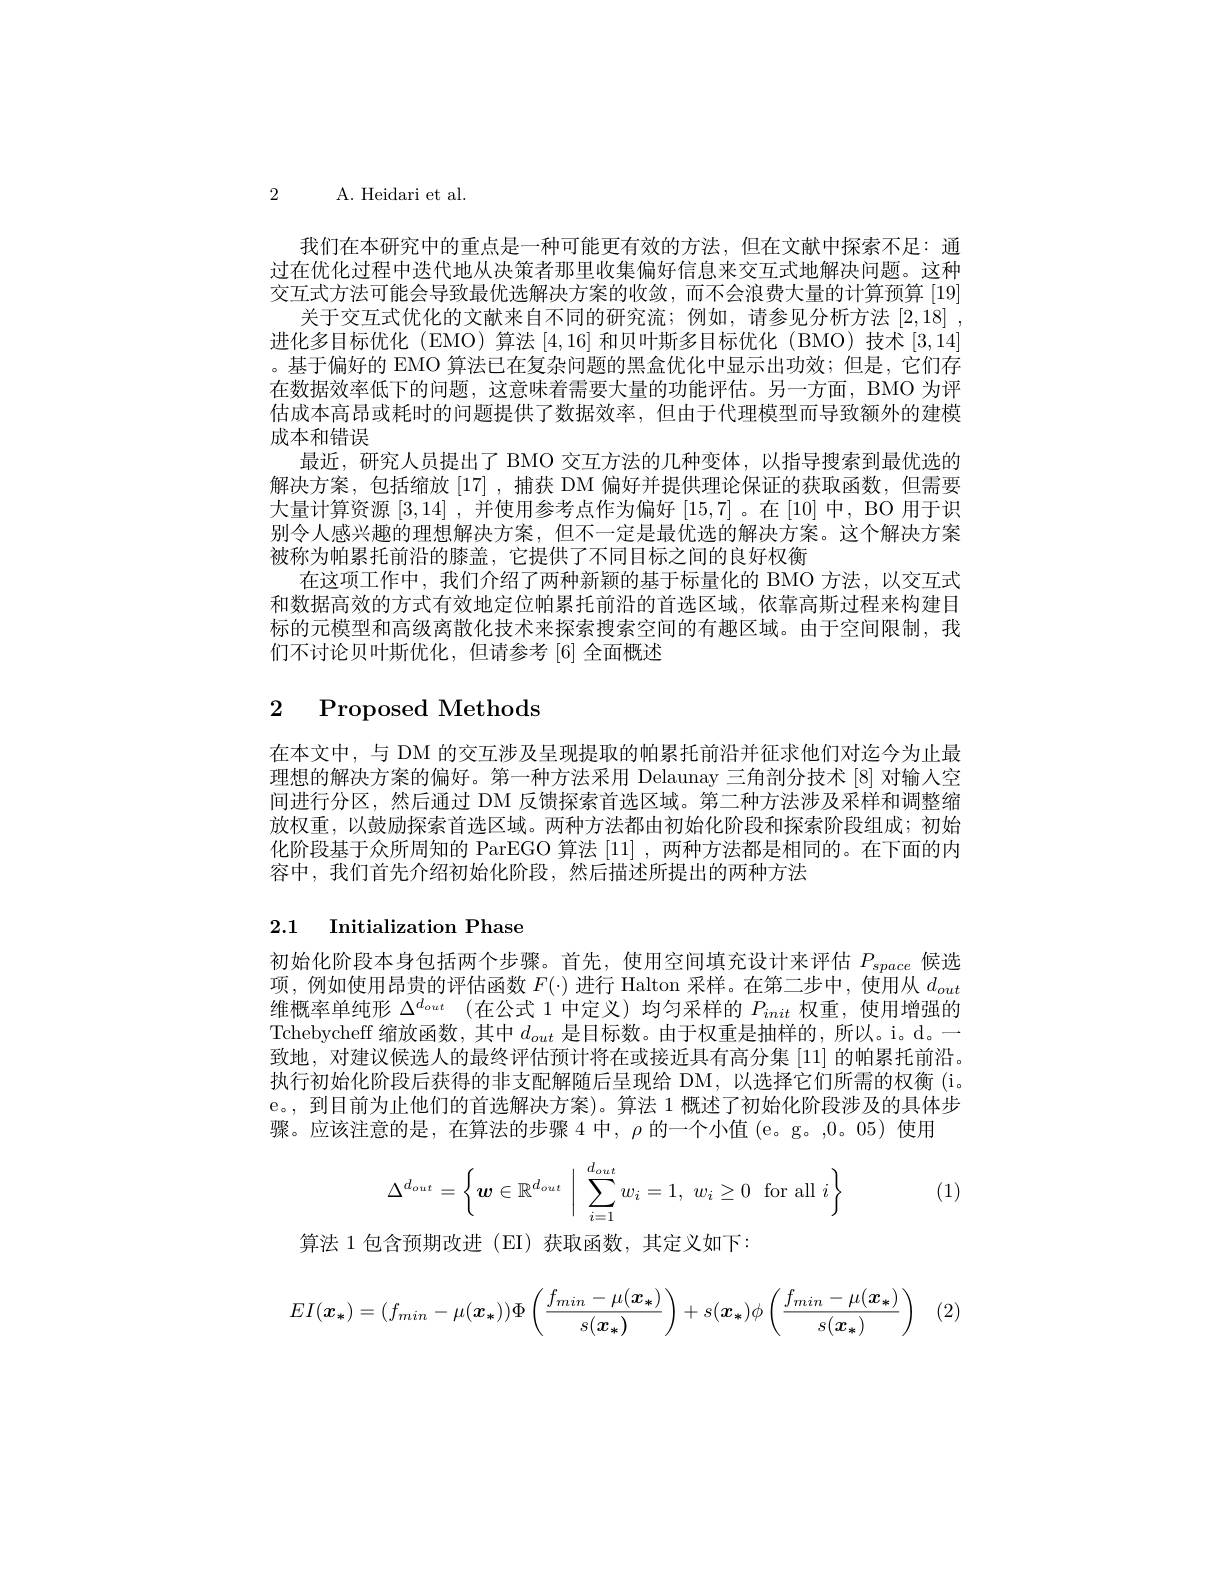
2 A. Heidari et al.

我们在本研究中的重点是一种可能更有效的方法，但在文献中探索不足：通过在优化过程中迭代地从决策者那里收集偏好信息来交互式地解决问题。这种交互式方法可能会导致最优选解决方案的收敛，而不会浪费大量的计算预算 [19]
关于交互式优化的文献来自不同的研究流；例如，请参见分析方法[2,18] , 进化多目标优化(EMO)算法[4,16]和贝叶斯多目标优化(BMO)技术[3,14] 。基于偏好的 EMO 算法已在复杂问题的黑盒优化中显示出功效；但是，它们存在数据效率低下的问题，这意味着需要大量的功能评估。另一方面，BMO 为评估成本高昂或耗时的问题提供了数据效率，但由于代理模型而导致额外的建模成本和错误
最近，研究人员提出了 BMO 交互方法的几种变体，以指导搜索到最优选的解决方案，包括缩放[17],捕获 DM 偏好并提供理论保证的获取函数，但需要大量计算资源[3,14] ,并使用参考点作为偏好[15,7] 。在 [10] 中，BO 用于识别令人感兴趣的理想解决方案，但不一定是最优选的解决方案。这个解决方案被称为帕累托前沿的膝盖，它提供了不同目标之间的良好权衡
在这项工作中，我们介绍了两种新颖的基于标量化的 BMO 方法，以交互式和数据高效的方式有效地定位帕累托前沿的首选区域，依靠高斯过程来构建目标的元模型和高级离散化技术来探索搜索空间的有趣区域。由于空间限制，我们不讨论贝叶斯优化，但请参考[6]全面概述

# 2 Proposed Methods

在本文中，与 DM 的交互涉及呈现提取的帕累托前沿并征求他们对迄今为止最理想的解决方案的偏好。第一种方法采用 Delaunay 三角剖分技术 [8] 对输人空间进行分区，然后通过 DM 反馈探索首选区域。第二种方法涉及采样和调整缩放权重，以鼓励探索首选区域。两种方法都由初始化阶段和探索阶段组成；初始化阶段基于众所周知的 ParEGO 算法[11] ,两种方法都是相同的。在下面的内容中，我们首先介绍初始化阶段，然后描述所提出的两种方法

# 2.1 Initialization Phase

初始化阶段本身包括两个步骤。首先，使用空间填充设计来评估$P_{space}$候选项，例如使用昂贵的评估函数$F(\cdot)$进行 Halton 采样。在第二步中，使用从$d_out$

维概率单纯形$\Delta^{d_{out}}$ (在公式 1 中定义) 均匀采样的$P_init$权重，使用增强的Tchebycheff 缩放函数，其中$d_{out}$是目标数。由于权重是抽样的，所以。i。d。一致地，对建议候选人的最终评估预计将在或接近具有高分集 [11] 的帕累托前沿。执行初始化阶段后获得的非支配解随后呈现给 DM,以选择它们所需的权衡 (i。e。,到目前为止他们的首选解决方案)。算法 1 概述了初始化阶段涉及的具体步骤。应该注意的是，在算法的步骤4中，$\rho$的一个小值(e。g。,0。05)使用
$$\Delta^{d_{out}}=\left\{\boldsymbol{w}\in\mathbb{R}^{d_{out}}\:\bigg|\:\sum_{i=1}^{d_{out}}w_i=1,\:w_i\geq0\:\text{for all}\:i\right\}$$
(1)

算法 1 包含预期改进 (EI) 获取函数，其定义如下：
$$EI(\boldsymbol{x}_*)=(f_{min}-\mu(\boldsymbol{x}_*))\Phi\left(\frac{f_{min}-\mu(\boldsymbol{x}_*)}{s(\boldsymbol{x}_*)}\right)+s(\boldsymbol{x}_*)\phi\left(\frac{f_{min}-\mu(\boldsymbol{x}_*)}{s(\boldsymbol{x}_*)}\right)$$
2)